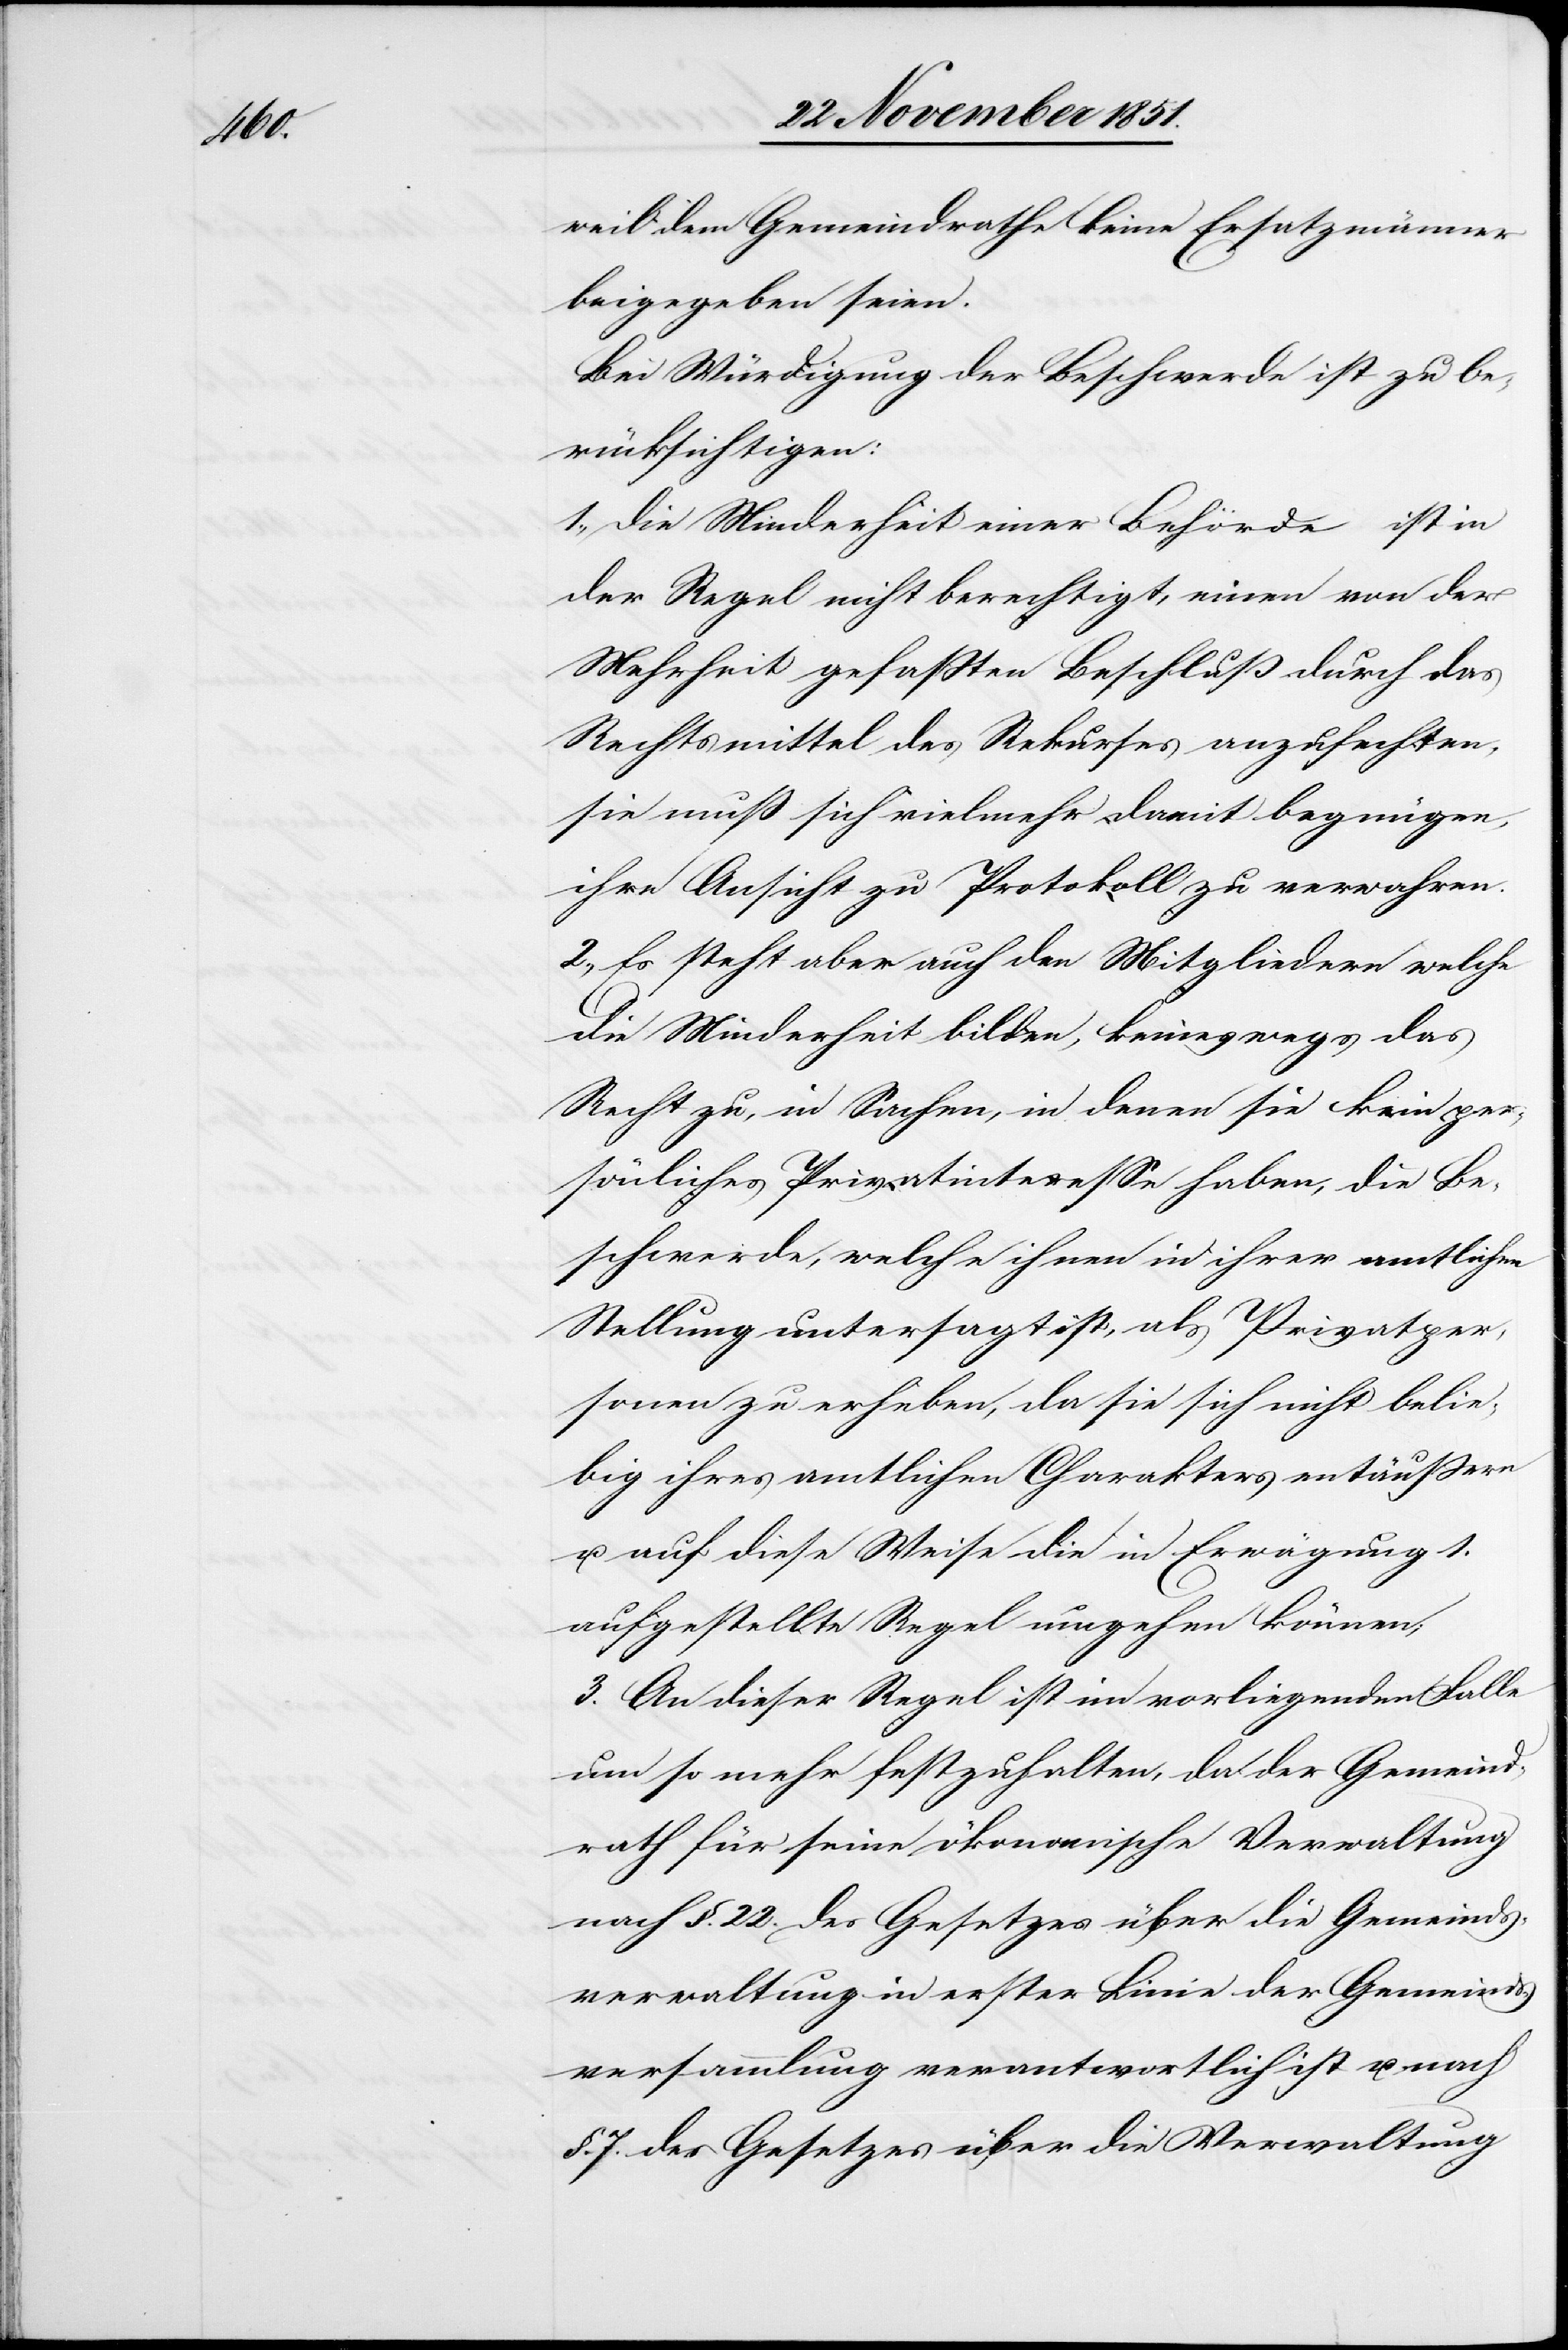
weil dem Gemeindrathe keine Ersatzmänner
beigegeben seien.
Bei Würdigung der Beschwerde ist zu be¬
rücksichtigen:
1., Die Minderheit einer Behörde ist in
der Regel nicht berechtigt, einen von der
Mehrheit gefaßten Beschluß durch das
Rechtsmittel des Rekurses anzufechten,
sie muß sich vielmehr damit begnügen,
ihre Ansicht zu Protokoll zu verwahren.
2., Es steht aber auch den Mitgliedern welche
die Minderheit bilden, keineswegs das
Recht zu, in Sachen, in denen sie kein per¬
sönliches Privatinteresse haben, die Be¬
schwerde, welche ihnen in ihrer amtlichen
Stellung untersagt ist, als Privatper¬
sonen zu erheben, da sie sich nicht belie¬
big ihres amtlichen Charakters entäußern
u. auf diese Weise die in Erwägung 1.
aufgestellte Regel umgehen können;
3. An dieser Regel ist im vorliegenden Falle
um so mehr festzuhalten, da der Gemeind¬
rath für seine ökonomische Verwaltung
nach §. 22. des Gesetzes über die Gemeinds¬
verwaltung in erster Linie der Gemeinds¬
versammlung verantwortlich ist u. nach
§. 7. des Gesetzes über die Verwaltung